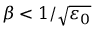
\beta < 1 / \sqrt { \varepsilon _ { 0 } }